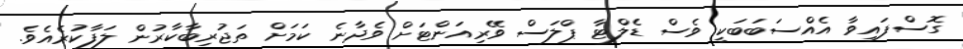
ގޮސްފައިވާ އެއްސަބަބަކީ ވެސް ޑެލްޓާ ޕްލަސް ވޭރިއަންޓަށް ވެދާނެ ކަމަށް ތަޖުރިބާކާރުން ލަފާކުރެއެވެ.